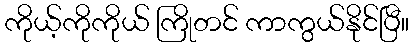
ကိုယ့်ကိုကိုယ် ကြိုတင် ကာကွယ်နိုင်ပြီ။